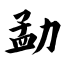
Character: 勐